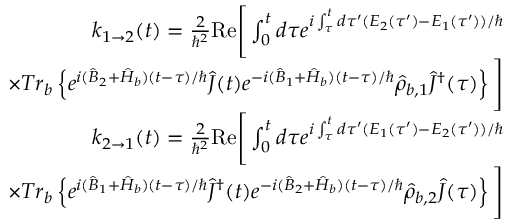
\begin{array} { r l r } & { } & { k _ { 1 \rightarrow 2 } ( t ) = \frac { 2 } { \hbar ^ { 2 } } \mathrm { R e } \Bigg [ \int _ { 0 } ^ { t } d \tau e ^ { i \int _ { \tau } ^ { t } d \tau ^ { \prime } ( E _ { 2 } ( \tau ^ { \prime } ) - E _ { 1 } ( \tau ^ { \prime } ) ) / \hbar } } \\ & { } & { \times T r _ { b } \left\{ e ^ { i ( \hat { B } _ { 2 } + \hat { H } _ { b } ) ( t - \tau ) / \hbar } \hat { J } ( t ) e ^ { - i ( \hat { B } _ { 1 } + \hat { H } _ { b } ) ( t - \tau ) / \hbar } \hat { \rho } _ { b , 1 } \hat { J } ^ { \dagger } ( \tau ) \right\} \Bigg ] } \\ & { } & { k _ { 2 \rightarrow 1 } ( t ) = \frac { 2 } { \hbar ^ { 2 } } \mathrm { R e } \Bigg [ \int _ { 0 } ^ { t } d \tau e ^ { i \int _ { \tau } ^ { t } d \tau ^ { \prime } ( E _ { 1 } ( \tau ^ { \prime } ) - E _ { 2 } ( \tau ^ { \prime } ) ) / \hbar } } \\ & { } & { \times T r _ { b } \left\{ e ^ { i ( \hat { B } _ { 1 } + \hat { H } _ { b } ) ( t - \tau ) / \hbar } \hat { J } ^ { \dagger } ( t ) e ^ { - i ( \hat { B } _ { 2 } + \hat { H } _ { b } ) ( t - \tau ) / \hbar } \hat { \rho } _ { b , 2 } \hat { J } ( \tau ) \right\} \Bigg ] } \end{array}